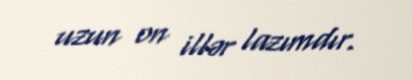
uzun on illər lazımdır.